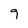
Character: 9